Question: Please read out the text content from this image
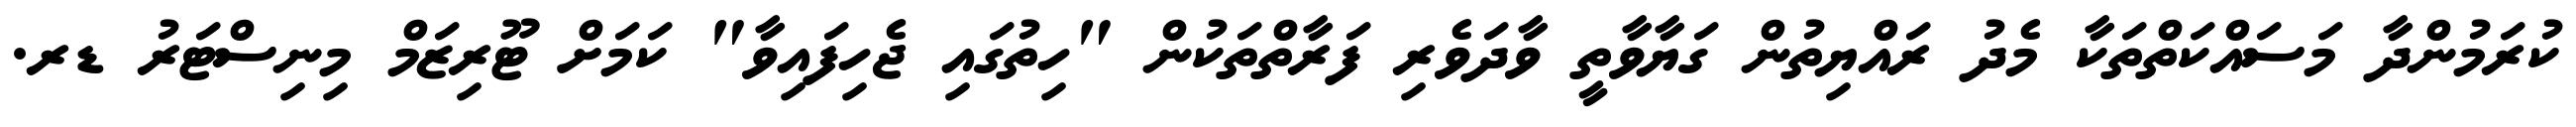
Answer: ކުރަމުންދާ މަސައްކަތްތަކާ މެދު ރައްޔިތުން ގަޔާވާތީ ވާދަވެރި ފަރާތްތަކުން "ހިތުގައި ޖެހިފައިވާ" ކަމަށް ޓޫރިޒަމް މިނިސްޓަރު ޑރ.